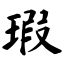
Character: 瑕